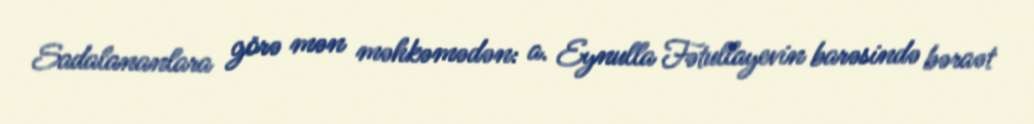
Sadalananlara görə mən məhkəmədən: a. Eynulla Fətullayevin barəsində bəraət